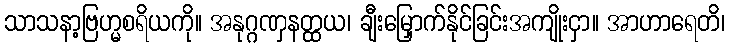
သာသနာ့ဗြဟ္မစရိယကို။ အနုဂ္ဂဏှနတ္ထယ၊ ချီးမြှောက်နိုင်ခြင်းအကျိုးငှာ။ အာဟာရေတိ၊